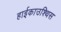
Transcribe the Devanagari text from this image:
हाईकाउश्थिस